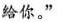
给你。”